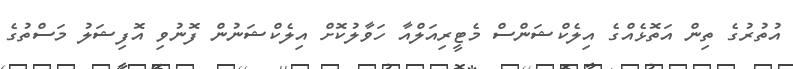
އުތުރުގެ ތިން އަތޮޅެއްގެ އިލެކްޝަންސް މެޓީރިއަލްއާ ހަވާލުކޮށް އިލެކްޝަނުން ފޮނުވި އޮފިޝަލު މަސްތުގެ